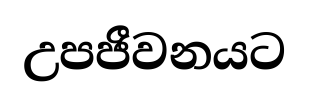
උපජීවනයට